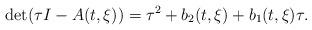
LaTeX: \begin{align*}{\rm det}(\tau I-A(t,\xi))=\tau^2+b_2(t,\xi)+b_1(t,\xi)\tau.\end{align*}